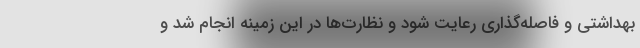
بهداشتی و فاصله‌گذاری رعایت شود و نظارت‌ها در این زمینه انجام شد و